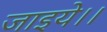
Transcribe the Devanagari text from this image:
जाइये।।